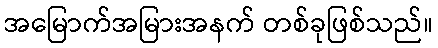
အမြောက်အမြားအနက် တစ်ခုဖြစ်သည်။